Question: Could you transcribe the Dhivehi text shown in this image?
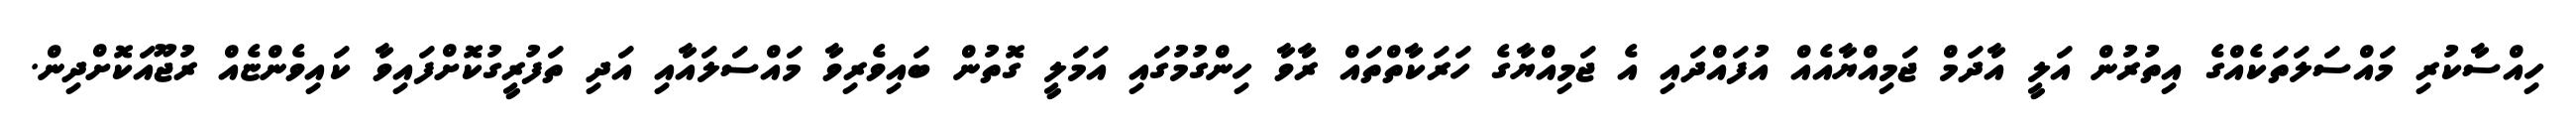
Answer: ހިއްސާކުރި މައްސަލަތަކެއްގެ އިތުރުން އަލީ އާދަމް ޖަމިއްޔާއެއް އުފައްދައި އެ ޖަމިއްޔާގެ ހަރަކާތްތައް ރާވާ ހިންގުމުގައި އަމަލީ ގޮތުން ބައިވެރިވާ މައްސަލައާއި އަދި ތަފުރީގުކޮށްފައިވާ ކައިވެންޏެއް ރުޖޫއަކޮށްދިން.